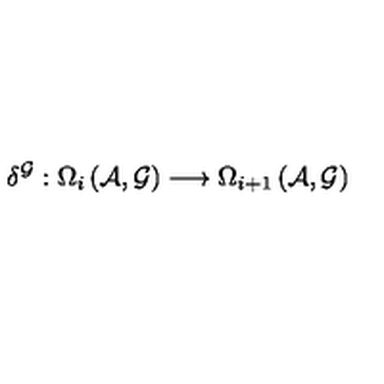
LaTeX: \delta ^ { \mathcal { G } } : \Omega _ { i } \left( \mathcal { A } , \mathcal { G } \right) \longrightarrow \Omega _ { i + 1 } \left( \mathcal { A } , \mathcal { G } \right)